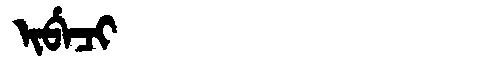
Manchu: ᡳᠪᡝᠴᡳ
Romanization: IBECI